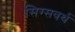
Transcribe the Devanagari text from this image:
सिग्सवर्थ